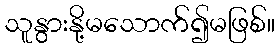
သူနွားနို့မသောက်၍မဖြစ်။